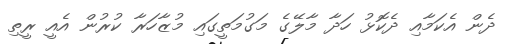
ދެން އެކަމާއި ދެކޮޅު ހަދާ މާލޭގެ މަގުމަތީގައި މުޒާހަރާ ކުރުން އެއީ ރީތި